Madras plague regulations and rules - Volume 2
Disease focus: Plague
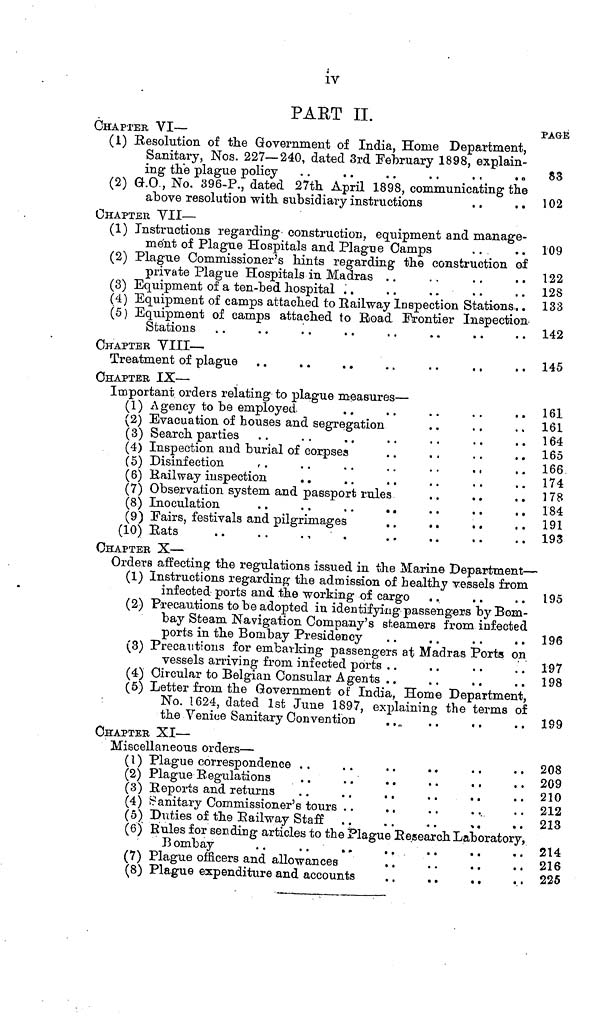
iv
PART II.
CHAPTER VI —
-
(1) Resolution of the Government of India, Home Department,
Sanitary, Nos. 227—240, dated 3rd February 1898, explain-
ing the plague policy . .
. .
. .
. .
. .
. .
(2) G.O , No. 396-P., dated 27th April 1898, communicating the
above resolution with subsidiary instructions
CHAPTER VII —
(1) Instructions regarding construction, equipment and manage-
ment of Plague Hospitals and Plague Camps
(2) Plague Commissioner's hints regarding the construction of
private Plague Hospitals in Madras
(3) Equipment of a ten-bed hospital . .
(4) Equipment of camps attached to Railway Inspection Stations. .
(5) Equipment of camps attached to Road Frontier Inspection
CHAPTER VIII —
Treatment of plague
CHAPTER IX —
Important orders relating to plague measures —
(1) Agency to be employed . . . . . . . . . . . .
(2) Evacuation of houses and segregation. . . . . . . .
(3) Search parties . . . . . . . . . . . .
(4) Inspection and burial of corpses . . . . . . . .
(5) Disinfection
.
.
. .
. .
. . . .
. .
(6) Railway inspection . . . . . . . . . . . .
(7) Observation system and passport rules
. .
. .
(9) Fairs, festivals and pilgrimages. . . . . . . .
(10)
Rats.
.
.
.
.
.
.
.
.
.
.
.
CHAPTER X —
Orders affecting the regulations issued in the Marine Department—
(1) Instructions regarding the admission of healthy vessels from
infected ports and the working of cargo . .
. .
(2) Precautions to be adopted in identifying passengers by Bom-
bay Steam Navigation Company's steamers from infected
ports in the Bombay Presidency
(3) Precautions for embanking passengers at Madras Ports on
vessels arriving from infected ports . .
(4) Circular to Belgian Consular Agents
(5) Letter from the Government of India, Home Department,
No. 1624, dated 1st June 1897, explaining the terms of
the Venice Sanitary Convention . . . . . . ..
CHAPTER XI —
Miscellaneous orders —
(4) Sanitary Commissioner's tours . . . . . . . .
(5) Duties of the Railway Staff
(6) Rules for sending articles to the Plague Research Laboratory,
Bombay
(7) Plague officers and allowances
(8) Plague expenditure and accounts
PAGE
83
102
109
122
128
133
142
145
161
161
164
165
166
174
178
184
191
193
195
196
197
198
199
208
209
210
212
213
214
216
225